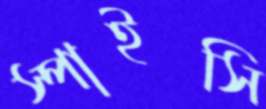
স্পাইসি